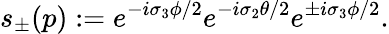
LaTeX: s_{\pm}(p):=e^{-i\sigma_{3}\phi/2}e^{-i\sigma_{2}\theta/2}e^{\pm i\sigma_{3}\phi/2}.